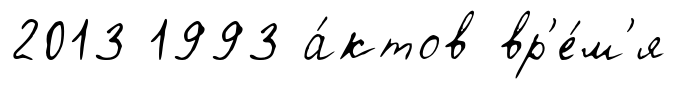
2013 1993 а́ктов вр'е́м'я